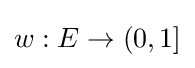
w:E\rightarrow (0,1]